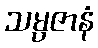
သမ္ပဇာနံ